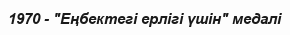
1970 - "Еңбектегі ерлігі үшін" медалі